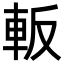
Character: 䡊